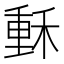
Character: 𥠭